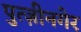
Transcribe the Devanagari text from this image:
पुत्ज़ीनगेर